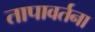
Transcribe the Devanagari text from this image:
तापावर्तना